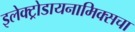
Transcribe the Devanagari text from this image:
इलेक्ट्रोडायनामिक्सचा